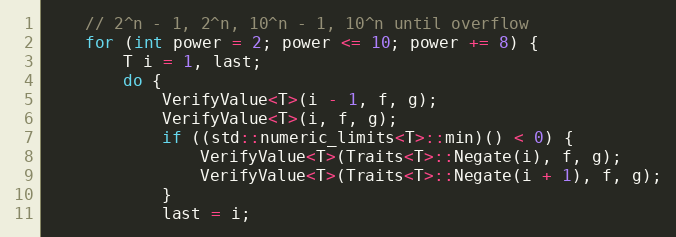
Language: C++
    // 2^n - 1, 2^n, 10^n - 1, 10^n until overflow
    for (int power = 2; power <= 10; power += 8) {
        T i = 1, last;
        do {
            VerifyValue<T>(i - 1, f, g);
            VerifyValue<T>(i, f, g);
            if ((std::numeric_limits<T>::min)() < 0) {
                VerifyValue<T>(Traits<T>::Negate(i), f, g);
                VerifyValue<T>(Traits<T>::Negate(i + 1), f, g);
            }
            last = i;